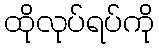
ထိုလုပ်ရပ်ကို